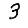
Digit: 3